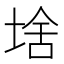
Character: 𱗂